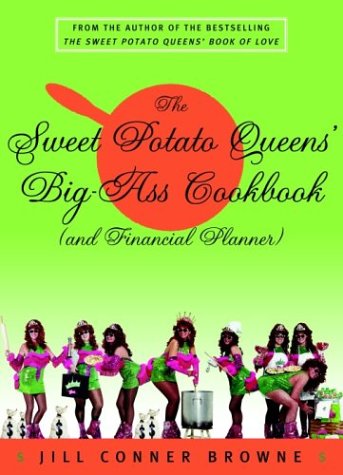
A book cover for The Sweet Potato Queens' Big-Ass Cookbook (and Financial Planner); Jill Conner Browne; Humor & Entertainment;